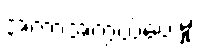
အကာအကွယ်ပေးမှု